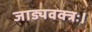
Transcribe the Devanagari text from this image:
जाड्यवक्त्रः।